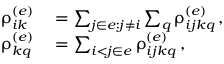
\begin{array} { r l } { \uprho _ { i k } ^ { ( e ) } } & { { } = \sum _ { j \in e : j \neq i } \sum _ { q } \uprho _ { i j k q } ^ { ( e ) } \, , } \\ { \uprho _ { k q } ^ { ( e ) } } & { { } = \sum _ { i < j \in e } \uprho _ { i j k q } ^ { ( e ) } \, , } \end{array}